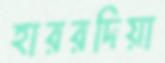
হাররদিয়া